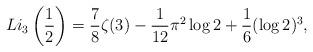
LaTeX: \begin{align*}Li_3\left(\frac{1}{2}\right)= \frac{7}{8}\zeta(3) -\frac{1}{12} \pi^2 \log 2 + \frac{1}{6} (\log 2)^3, \end{align*}